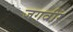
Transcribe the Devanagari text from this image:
जगवीर